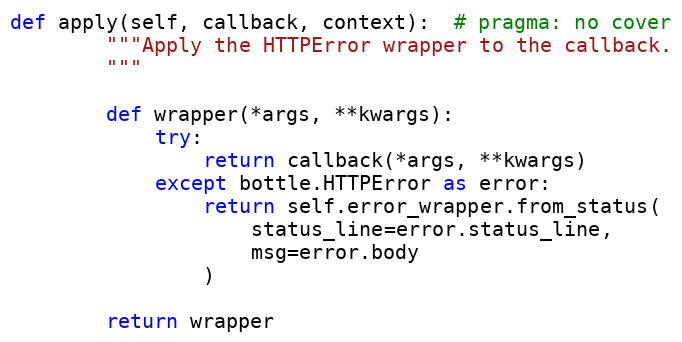
Language: Python
def apply(self, callback, context):  # pragma: no cover
        """Apply the HTTPError wrapper to the callback.
        """

        def wrapper(*args, **kwargs):
            try:
                return callback(*args, **kwargs)
            except bottle.HTTPError as error:
                return self.error_wrapper.from_status(
                    status_line=error.status_line,
                    msg=error.body
                )

        return wrapper